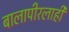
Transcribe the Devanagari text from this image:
बालापीरलाही